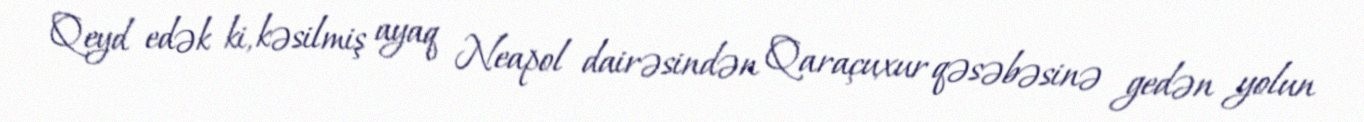
Qeyd edək ki, kəsilmiş ayaq Neapol dairəsindən Qaraçuxur qəsəbəsinə gedən yolun